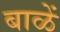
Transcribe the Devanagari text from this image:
बाळें